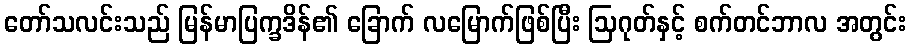
တော်သလင်းသည် မြန်မာပြက္ခဒိန်၏ ခြောက် လမြောက်ဖြစ်ပြီး ဩဂုတ်နှင့် စက်တင်ဘာလ အတွင်း